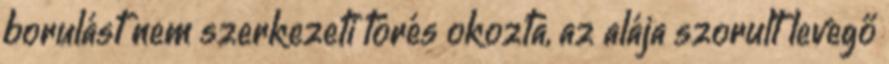
borulást nem szerkezeti törés okozta, az alája szorult levegő